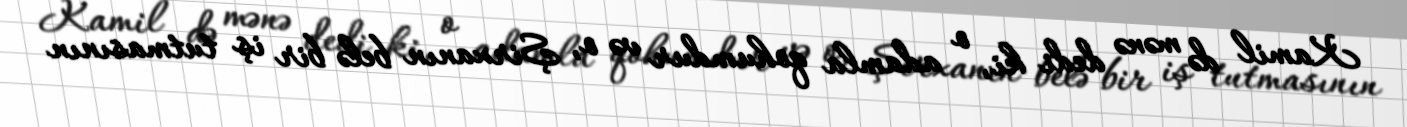
Kamil də mənə dedi ki, o adamla qohumdur və o, Şirxanın belə bir iş tutmasının